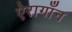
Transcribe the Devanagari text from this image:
ऐरागाँन